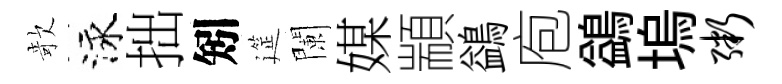
欹泳拙矧筵闌媒顓鷁庖鷁塢粥